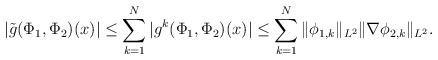
LaTeX: \begin{align*}|\tilde{g}(\Phi_1,\Phi_2)(x)|\leq \sum_{k=1}^N |g^k(\Phi_1,\Phi_2)(x)|\leq \sum_{k=1}^N \|\phi_{1,k}\|_{L^2}\|\nabla \phi_{2,k}\|_{L^2}.\end{align*}